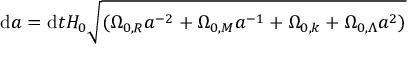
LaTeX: \mathrm { d } a = \mathrm { d } t H _ { 0 } { \sqrt { ( \Omega _ { 0 , R } a ^ { - 2 } + \Omega _ { 0 , M } a ^ { - 1 } + \Omega _ { 0 , k } + \Omega _ { 0 , \Lambda } a ^ { 2 } ) } }